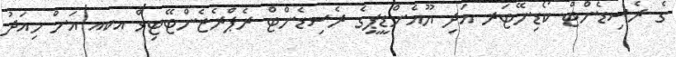
ގެ ރެސިޑެންޓް ކޯޑިނޭޓަރ އަދި ޔޫއެންޑީޕީގެ ރެސިޑެންޓް ރެޕްރެޒެންޓޭޓިވް އކއ އަށް މިއަދު